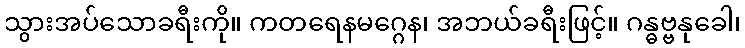
သွားအပ်သောခရီးကို။ ကတရေနမဂ္ဂေန၊ အဘယ်ခရီးဖြင့်။ ဂန္ဓဗ္ဗနုခေါ၊